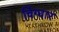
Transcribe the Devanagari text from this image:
चिंग्घार